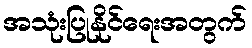
အသုံးပြုနိုင်ရေးအတွက်